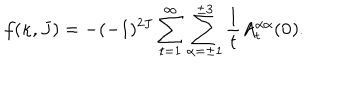
f ( \kappa , J ) = - ( - 1 ) ^ { 2 J } \sum _ { t = 1 } ^ { \infty } \sum _ { \alpha = \pm 1 } ^ { \pm 3 } \frac { 1 } { t } A _ { t } ^ { \alpha \alpha } ( { \bf 0 } ) .